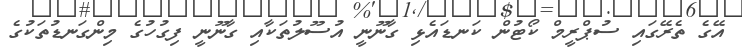
އޭގެ ތެރޭގައި ސުޕްރީމް ކޯޓުން ކަނޑައެޅި ގާނޫނީ އުސޫލުތަކާއި ގާނޫނީ ފިގުހުގެ މިންގަނޑުތަކުގެ